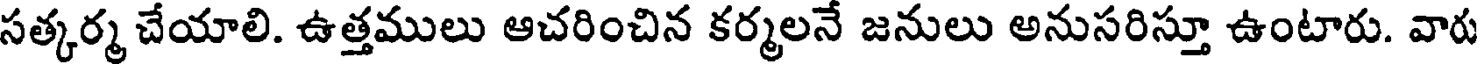
సత్కర్మ చేయాలి. ఉత్తములు ఆచరించిన కర్మలనే జనులు అనుసరిస్తూ ఉంటారు. వారు